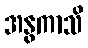
အနွကာသိ